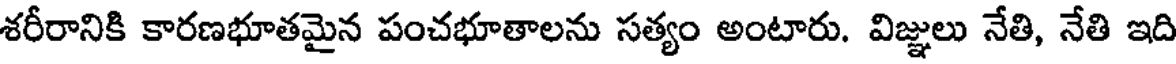
శరీరానికి కారణభూతమైన పంచభూతాలను సత్యం అంటారు. విజ్ఞులు నేతి, నేతి ఇది